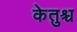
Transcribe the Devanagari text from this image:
केतुश्च